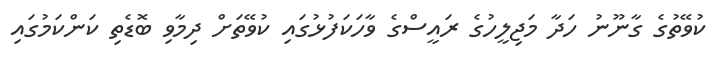
ކުވޭތުގެ ގާނޫނު ހަދާ މަޖިލީހުގެ ރައީސްގެ ވާހަކަފުޅުގައި ކުވޭތަށް ދިމާވި ބޮޑެތި ކަންކަމުގައި